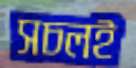
সচলই